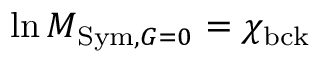
\ln M _ { \mathrm { S y m , } \boldsymbol { G } = 0 } = \chi _ { \mathrm { b c k } }